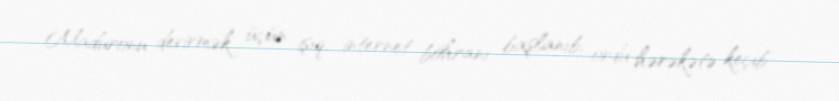
Maduronu devirmək üçün işıq, internet böhranı başlanıb, ordu hərəkətə keçib -